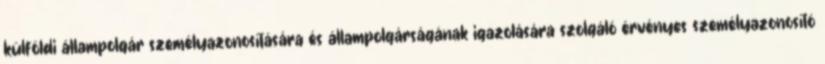
külföldi állampolgár személyazonosítására és állampolgárságának igazolására szolgáló érvényes személyazonosító